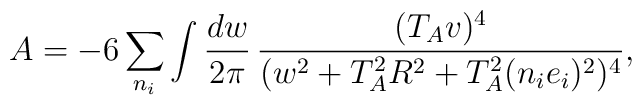
A= - 6 \sum_{n_i}  \int \frac{dw}{2\pi} \, \frac{(T_A v)^4}{(w^2 + T_A^2 R^2 + T^2_A (n_i e_i)^2 )^4},